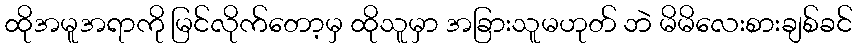
ထိုအမူအရာကို မြင်လိုက်တော့မှ ထိုသူမှာ အခြားသူမဟုတ် ဘဲ မိမိလေးစားချစ်ခင်